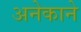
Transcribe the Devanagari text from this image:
अनेकाने